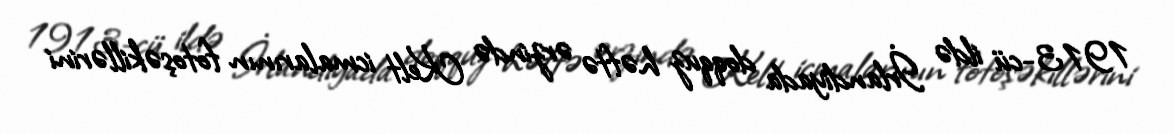
1913-cü ildə İrlandiyada doqquz həftə ərzində Kelt icmalarının fotoşəkillərini